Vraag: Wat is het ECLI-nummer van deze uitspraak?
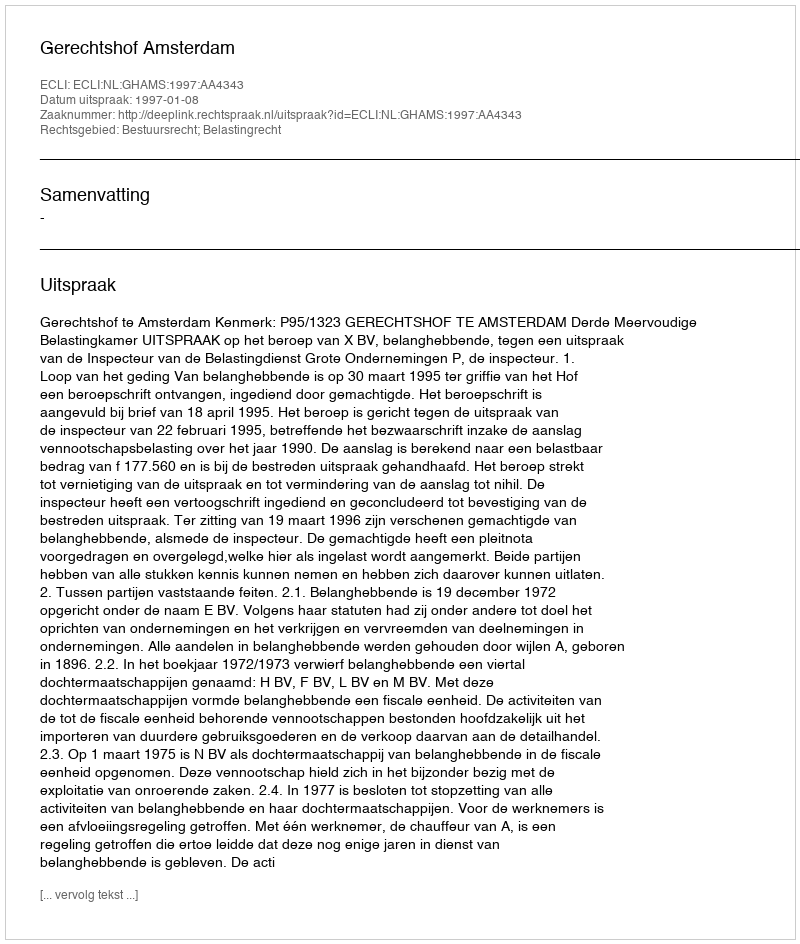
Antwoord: ECLI:NL:GHAMS:1997:AA4343